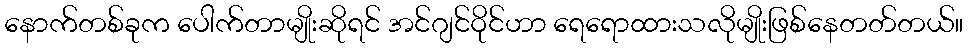
နောက်တစ်ခုက ပေါက်တာမျိုးဆိုရင် အင်ဂျင်ဝိုင်ဟာ ရေရောထားသလိုမျိုးဖြစ်နေတတ်တယ်။